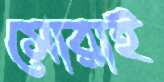
সোরাই